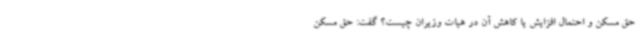
حق مسکن و احتمال افزایش یا کاهش آن در هیات وزیران چیست؟ گفت: حق مسکن